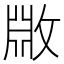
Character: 𫿆